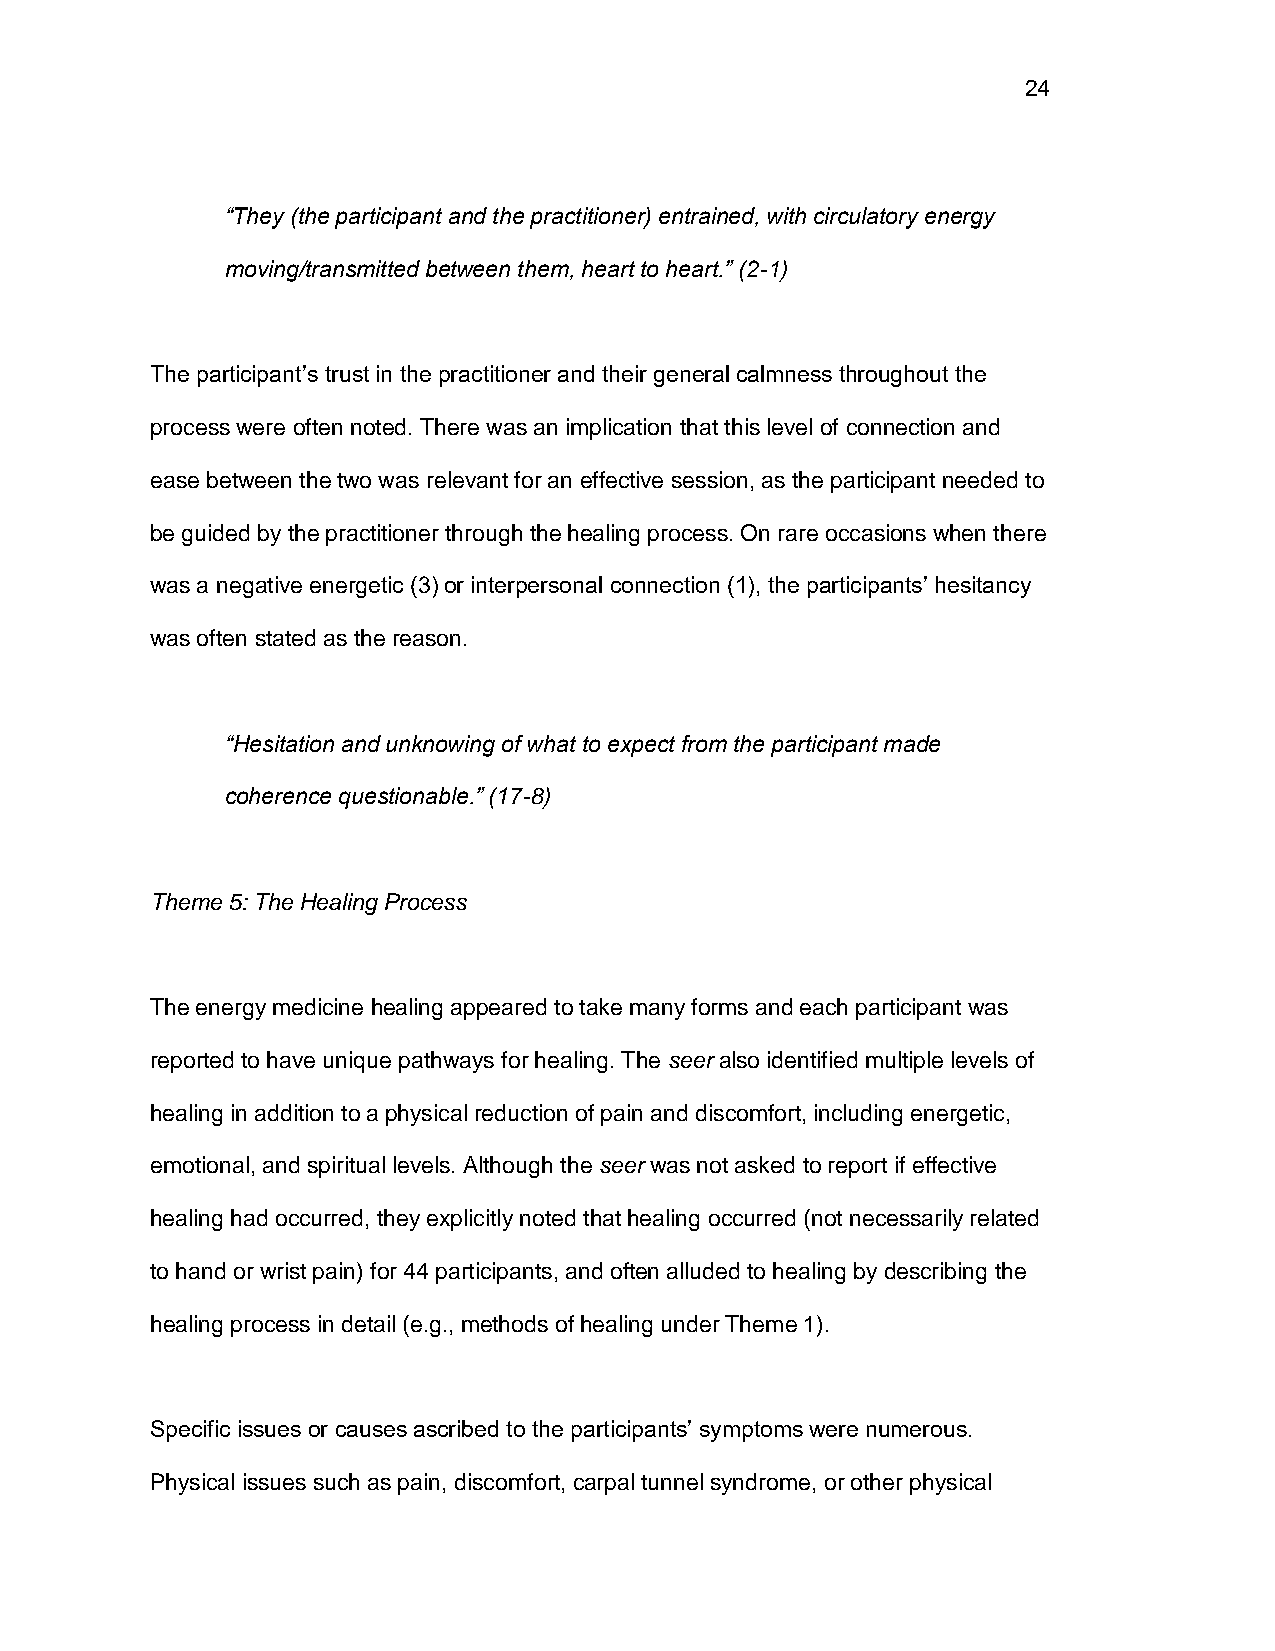
24
 “They (the participant and the practitioner) entrained, with circulatory energy
 moving/transmitted between them, heart to heart.” (2-1)
 The participant’s trust in the practitioner and their general calmness throughout the
 process were often noted. There was an implication that this level of connection and
 ease between the two was relevant for an effective session, as the participant needed to
 be guided by the practitioner through the healing process. On rare occasions when there
 was a negative energetic (3) or interpersonal connection (1), the participants’ hesitancy
 was often stated as the reason.
 “Hesitation and unknowing of what to expect from the participant made
 coherence questionable.” (17-8)
 Theme 5: The Healing Process
 The energy medicine healing appeared to take many forms and each participant was
 reported to have unique pathways for healing. The seer also identified multiple levels of
 healing in addition to a physical reduction of pain and discomfort, including energetic,
 emotional, and spiritual levels. Although the seer was not asked to report if effective
 healing had occurred, they explicitly noted that healing occurred (not necessarily related
 to hand or wrist pain) for 44 participants, and often alluded to healing by describing the
 healing process in detail (e.g., methods of healing under Theme 1).
 Specific issues or causes ascribed to the participants’ symptoms were numerous.
 Physical issues such as pain, discomfort, carpal tunnel syndrome, or other physical